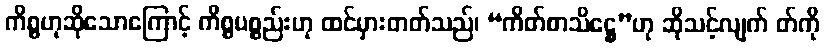
ကိစ္စဟုဆိုသောကြောင့် ကိစ္စပစ္စည်းဟု ထင်မှားတတ်သည်၊ “ကိတ်စာသိဋ္ဌေ”ဟု ဆိုသင့်လျက် တ်ကို